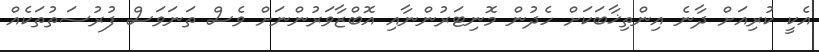
އެކީ ކުރިއަށް ދާނެ އިންތިޚާބަކަށް ހެދުން މޮނިޓަރުންނާއި އޮބްޒާވަރުންނަށް ވެސް ތަނަވަސް ފުރުސަތުތަކެއް